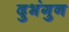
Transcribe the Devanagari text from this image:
दुभंगुन